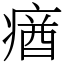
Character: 𤸈